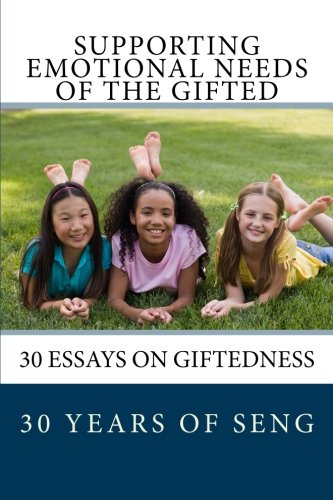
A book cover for Supporting Emotional Needs of the Gifted: 30 Essays on Giftedness, 30 Years of SENG; Supporting Emotional Needs of the Gifted; Self-Help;